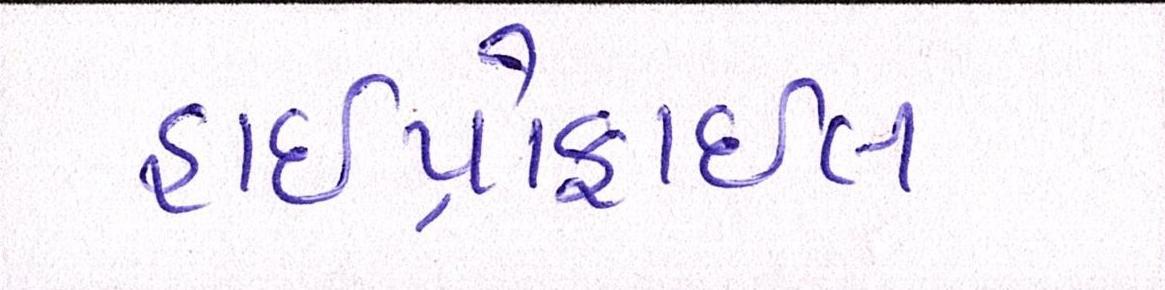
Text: હાઇપ્રોફાઇલ